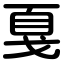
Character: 戛